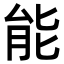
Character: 能